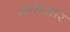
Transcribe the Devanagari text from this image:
आधआर